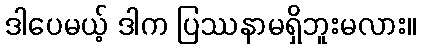
ဒါပေမယ့် ဒါက ပြဿနာမရှိဘူးမလား။